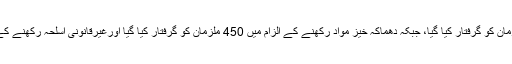
پولیس کی ٹارگٹڈ کارروائیوں میں 80 ہزار ملزمان کو گرفتار کیا گیا، جبکہ دھماکہ خیز مواد رکھنے کے الزام میں 450 ملزمان کو گرفتار کیا گیا اورغیرقانونی اسلحہ رکھنے کے الزام میں 15 ہزار ملزمان کو گرفتار کیا گیا۔